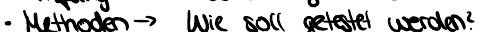
Methoden -> Wie soll getestet werden?